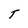
Character: T